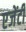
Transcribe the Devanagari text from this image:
एजेंटी